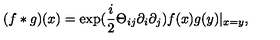
( f * g ) ( x ) = \exp ( \frac { i } { 2 } \Theta _ { i j } \partial _ { i } \partial _ { j } ) f ( x ) g ( y ) | _ { x = y } ,